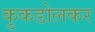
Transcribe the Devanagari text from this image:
कुकडोलकर